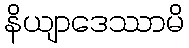
နိယျာဒေဿာမိ